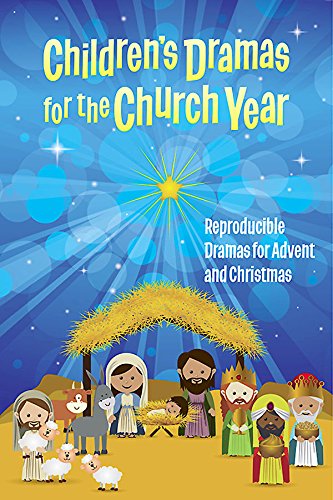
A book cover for Children's Dramas for the Church Year: Reproducible Dramas for Advent and Christmas; Christian Books & Bibles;